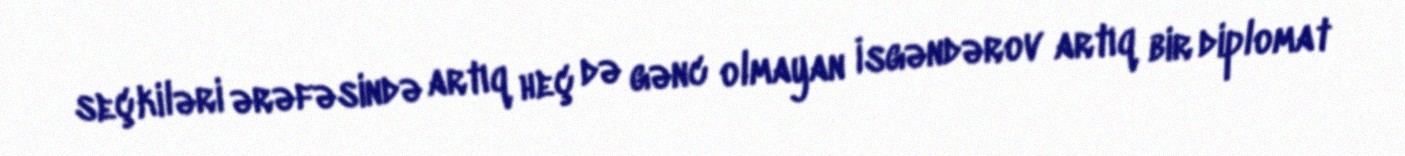
seçkiləri ərəfəsində artıq heç də gənc olmayan İsgəndərov artıq bir diplomat